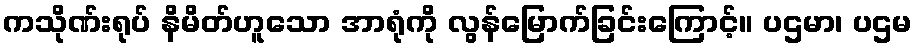
ကသိုဏ်းရုပ် နိမိတ်ဟူသော အာရုံကို လွန်မြောက်ခြင်းကြောင့်။ ပဌမာ၊ ပဌမ